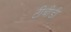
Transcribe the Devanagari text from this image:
टीबीडी